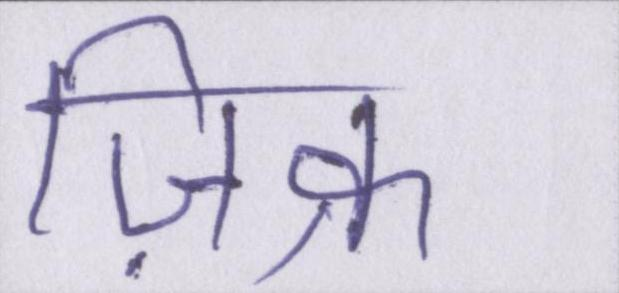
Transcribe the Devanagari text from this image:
ज़िक्र